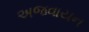
અજવાયન